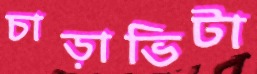
চাড়াভিটা